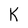
Character: k